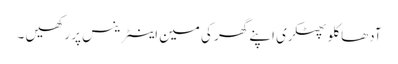
آدھا کلو پھٹکری اپنے گھر کی مین اینٹرینس پر رکھیں ۔